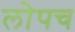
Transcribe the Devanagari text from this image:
लोपच